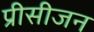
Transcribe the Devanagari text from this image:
प्रीसीजन